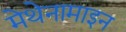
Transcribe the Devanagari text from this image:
मेथेनामाइन